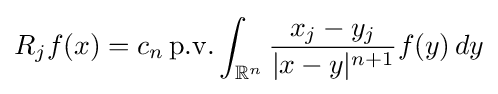
R_{j}f(x)=c_{n}\,\mathrm {p.v.} \int _{\mathbb {R} ^{n}}{\frac {x_{j}-y_{j}}{|x-y|^{n+1}}}f(y)\,dy